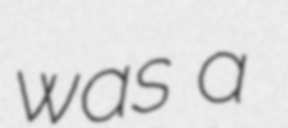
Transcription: was a